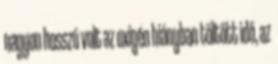
nagyon hosszú volt az oxigén hiányban töltött idő, az